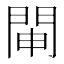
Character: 𨴁